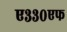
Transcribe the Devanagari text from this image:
ए३३०एफ